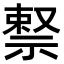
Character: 𬓊